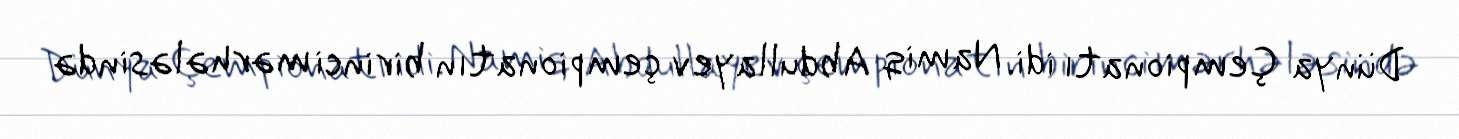
Dünya Çempionatı idi. Namiq Abdullayev çempionatın birinci mərhələsində